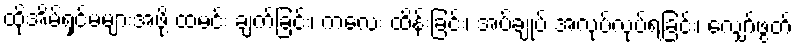
ထိုအိမ်ရှင်မများအဖို့ ထမင်း ချက်ခြင်း၊ ကလေး ထိန်းခြင်း၊ အပ်ချုပ် အလုပ်လုပ်ရခြင်း၊ လျှော်ဖွတ်